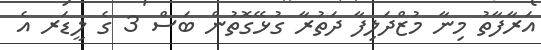
އަރާފާތު މިނާ މުޒްދަލިފާ ދަތުރާ ގުޅޭގޮތުން ބަސް 3 ގެ ލީޑަރ އެ